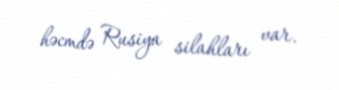
həcmdə Rusiya silahları var.